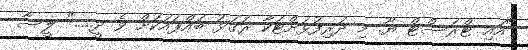
"އައި ޓްރަސްޓް ޔޫ. މި ދަރިފުޅަށްޓަކާ ރަގަޅު ބައްޕައަކަށް ވެ ދީ....." ލީސާ